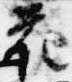
花